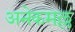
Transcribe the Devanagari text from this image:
अनेकमल्ल